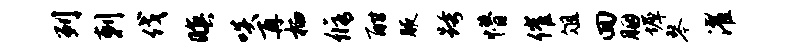
列剌伐暝啖再栖修酣腋跨懵催俎回胭墀琴濯